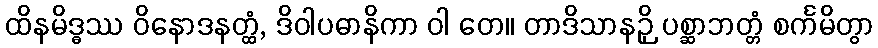
ထိနမိဒ္ဓဿ ဝိနောဒနတ္ထံ, ဒိဝါပဓာနိကာ ဝါ တေ။ တာဒိသာနဉှိ ပစ္ဆာဘတ္တံ စင်္ကမိတွာ